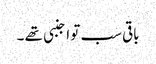
باقی سب تو اجنبی تھے ۔